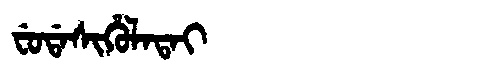
Manchu: ᠸᡠᡩᠠᠰᡳᡥᡠᠯᠠᡨᠠᡳ
Romanization: FUDASIHULATAI